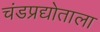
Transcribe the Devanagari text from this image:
चंडप्रद्योताला